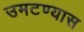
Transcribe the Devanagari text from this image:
उमटण्यास